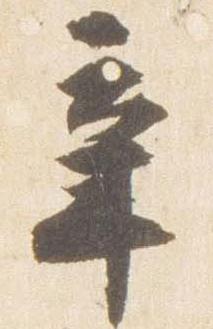
辛